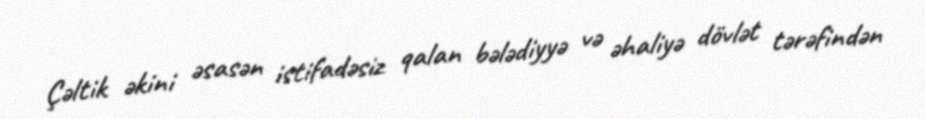
Çəltik əkini əsasən istifadəsiz qalan bələdiyyə və əhaliyə dövlət tərəfindən